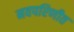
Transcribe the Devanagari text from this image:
नवपरिणीत